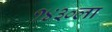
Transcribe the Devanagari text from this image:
१४३०ला